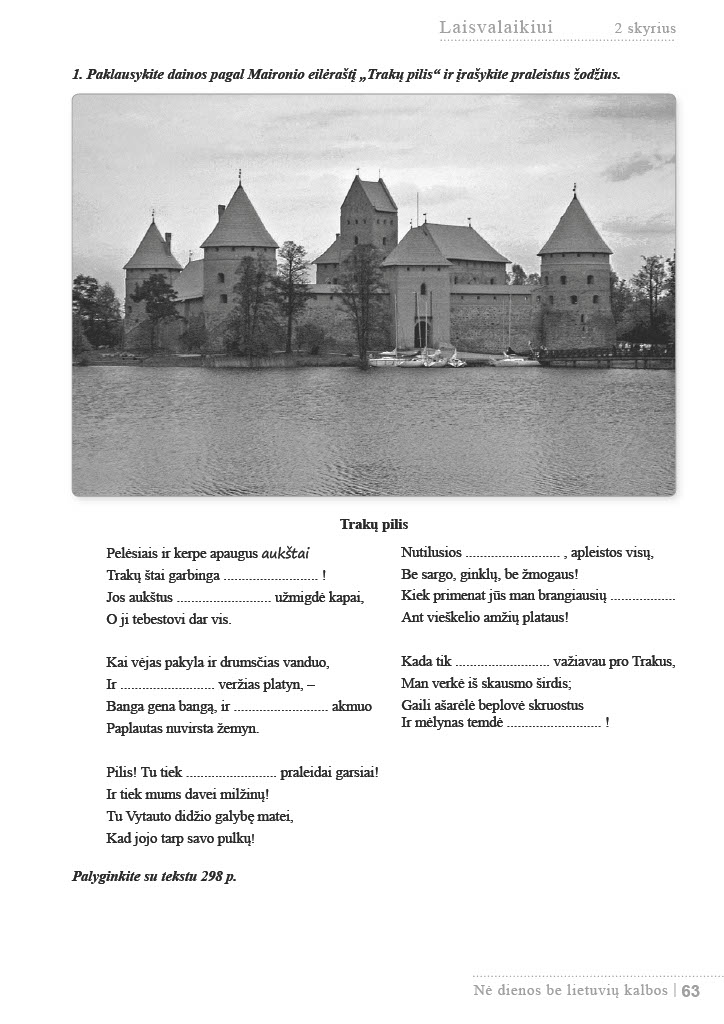
Language: lt